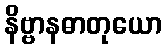
နိဗ္ဗာနဓာတုယော